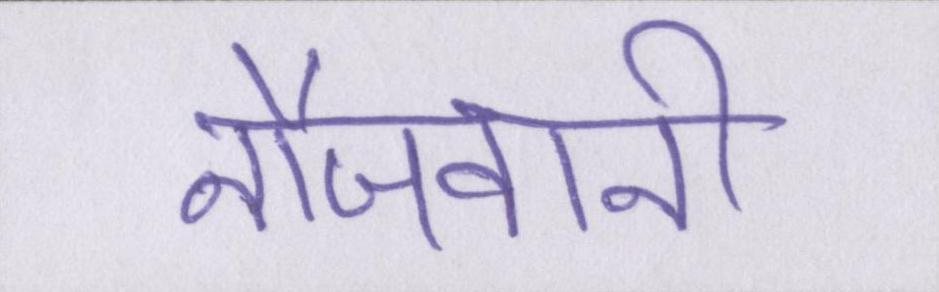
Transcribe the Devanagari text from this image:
नौजवानी